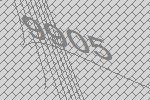
9905